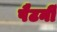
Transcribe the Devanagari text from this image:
पैटर्नी